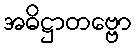
အဓိဋ္ဌာတဗ္ဗော